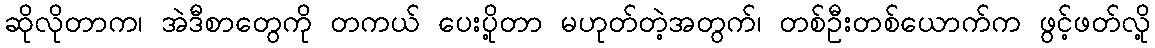
ဆိုလိုတာက၊ အဲဒီစာတွေကို တကယ် ပေးပို့တာ မဟုတ်တဲ့အတွက်၊ တစ်ဦးတစ်ယောက်က ဖွင့်ဖတ်လို့